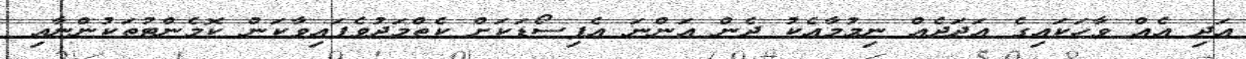
އަދި އެއް ވާހަކައިގެ އަދަދެއް ނިމުމާއެކު ދެން އަންނަ އެޕިސޯޑަކަށް ކެތްމަދުވެފައިވާކަން ކޮމެންޓުތަކުންނާއި